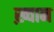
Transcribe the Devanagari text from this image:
ख़्वान